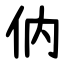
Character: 㐻